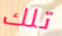
تلك